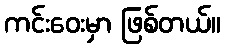
ကင်းဝေးမှာ ဖြစ်တယ်။